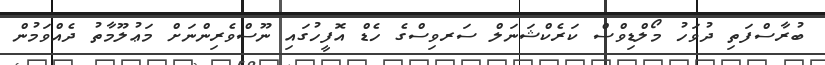
ބުރާސްފަތި ދުވަހު މޯލްޑިވްސް ކަރެކްޝަނަލް ސަރވިސްގެ ހެޑް އޮފީހުގައި ނޫސްވެރިންނަށް މަޢުލޫމާތު ދެއްވަމުން